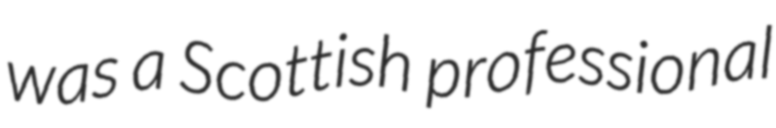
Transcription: was a Scottish professional